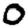
Digit: 0